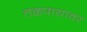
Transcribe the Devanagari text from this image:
तळपायावर